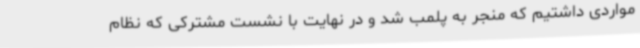
مواردی داشتیم که منجر به پلمب شد و در نهایت با نشست مشترکی که نظام